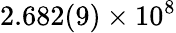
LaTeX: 2.682(9)\times 10^{8}